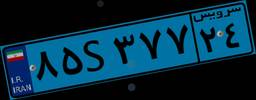
۸۴S۱۴۸۳۴